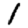
Digit: 1